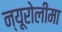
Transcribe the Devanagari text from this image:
न्यूरोलीमा